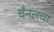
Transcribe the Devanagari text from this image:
चँनलचा